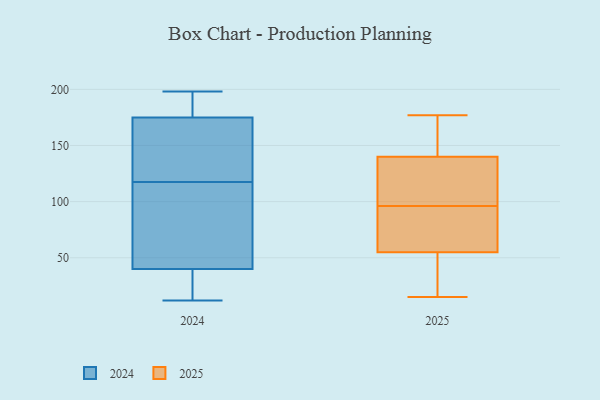
{"axis": {"x": "Bounce Rate (%)", "y": "Value"}, "legend": ["2024", "2025"], "data": [{"x": "", "y": 96, "type": "2024"}, {"x": "", "y": 48, "type": "2024"}, {"x": "", "y": 12, "type": "2024"}, {"x": "", "y": 136, "type": "2024"}, {"x": "", "y": 100, "type": "2024"}, {"x": "", "y": 22, "type": "2024"}, {"x": "", "y": 198, "type": "2024"}, {"x": "", "y": 59, "type": "2024"}, {"x": "", "y": 40, "type": "2024"}, {"x": "", "y": 36, "type": "2024"}, {"x": "", "y": 175, "type": "2024"}, {"x": "", "y": 163, "type": "2024"}, {"x": "", "y": 135, "type": "2024"}, {"x": "", "y": 186, "type": "2024"}, {"x": "", "y": 14, "type": "2024"}, {"x": "", "y": 190, "type": "2024"}, {"x": "", "y": 165, "type": "2024"}, {"x": "", "y": 182, "type": "2024"}, {"x": "", "y": 15, "type": "2025"}, {"x": "", "y": 21, "type": "2025"}, {"x": "", "y": 96, "type": "2025"}, {"x": "", "y": 62, "type": "2025"}, {"x": "", "y": 118, "type": "2025"}, {"x": "", "y": 145, "type": "2025"}, {"x": "", "y": 34, "type": "2025"}, {"x": "", "y": 143, "type": "2025"}, {"x": "", "y": 139, "type": "2025"}, {"x": "", "y": 87, "type": "2025"}, {"x": "", "y": 177, "type": "2025"}, {"x": "", "y": 62, "type": "2025"}, {"x": "", "y": 124, "type": "2025"}]}